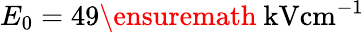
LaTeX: E_{0}=49\ensuremath{~\mathrm{kV}\mathrm{cm}^{-1}}